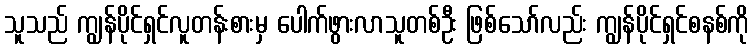
သူသည် ကျွန်ပိုင်ရှင်လူတန်းစားမှ ပေါက်ဖွားလာသူတစ်ဦး ဖြစ်သော်လည်း ကျွန်ပိုင်ရှင်စနစ်ကို